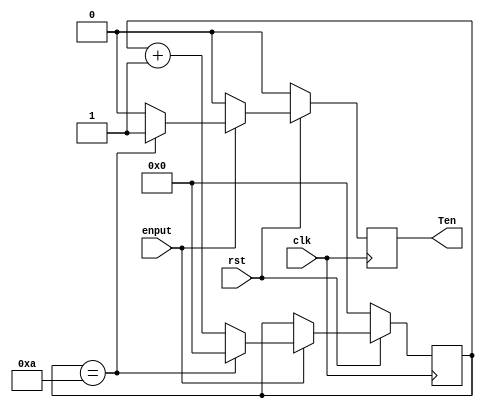
module CountTo10 (clk,rst,enput,Ten);
input clk, rst,enput;

reg[3:0] count;
output Ten;
reg Ten;
  
always @ (posedge clk) begin
// if (enput==1'b1) begin
  if(rst==1'b0) begin
   count<= 16'b0;
   Ten <=1'b0;
   end
  else begin 
   if (enput==1'b1) begin
     if (count == 4'd10) begin //50000
      Ten<= 1;
      count <=0;
      end
     else begin
      count <= count +1;
      Ten<= 0;
      end
    end
 
   else begin
   Ten<=1'b0;
   end
end
end 

endmodule